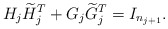
\begin{align*}H_j\widetilde{H}_j^T + G_j \widetilde{G}_j^T = I_{n_{j+1}}.\end{align*}